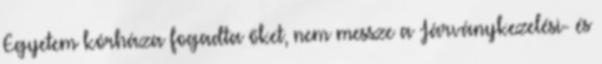
Egyetem kórháza fogadta őket, nem messze a Járványkezelési- és